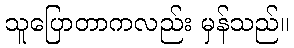
သူပြောတာကလည်း မှန်သည်။